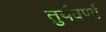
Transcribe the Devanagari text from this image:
तुर्यवर्णा